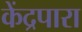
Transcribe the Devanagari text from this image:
केंद्रपारा